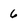
Character: 6